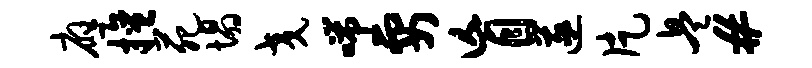
应擅苑塌交喘要盲遂片兵#